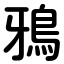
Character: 鴉